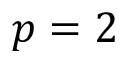
p = 2